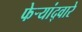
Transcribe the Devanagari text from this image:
फेर्‍यांद्वारे